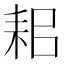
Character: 耜